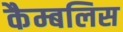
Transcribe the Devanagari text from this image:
कैम्बलिस